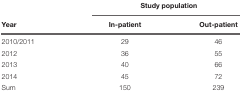
|  | <COLSPAN=2> Study population |
 | Year | In-patient | Out-patient |
 | --- | --- | --- |
 | 2010/2011 | 29 | 46 |
 | 2012 | 36 | 55 |
 | 2013 | 40 | 66 |
 | 2014 | 45 | 72 |
 | Sum | 150 | 239 |